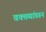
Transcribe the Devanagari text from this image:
वक्तव्यांवरून